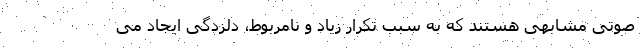
صوتی مشابهی هستند که به سبب تکرار زیاد و نامربوط، دلزدگی ایجاد می